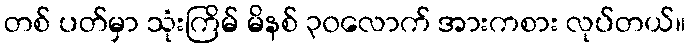
တစ် ပတ်မှာ သုံးကြိမ် မိနစ် ၃၀လောက် အားကစား လုပ်တယ်။